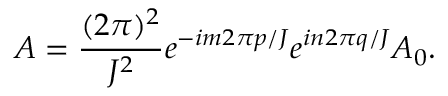
{ \cal A } = \frac { ( 2 \pi ) ^ { 2 } } { J ^ { 2 } } e ^ { - i m 2 \pi p / J } e ^ { i n 2 \pi q / J } { \cal A } _ { 0 } .